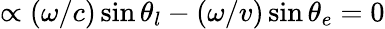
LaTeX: \propto(\omega/c)\sin\theta_{l}-(\omega/v)\sin\theta_{e}=0